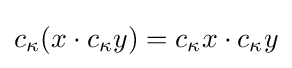
c_{\kappa }(x\cdot c_{\kappa }y)=c_{\kappa }x\cdot c_{\kappa }y